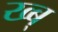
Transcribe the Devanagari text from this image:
ख्ब्